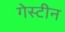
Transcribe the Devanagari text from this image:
गेस्टीन